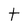
Character: t